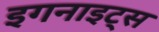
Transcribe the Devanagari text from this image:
इगनाइट्स